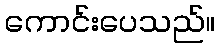
ကောင်းပေသည်။